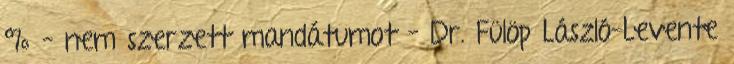
% – nem szerzett mandátumot – Dr. Fülöp László-Levente